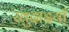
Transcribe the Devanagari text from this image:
खुदाइयाँ